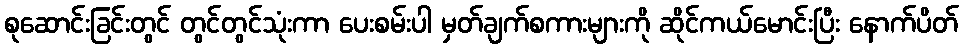
စုဆောင်းခြင်းတွင် တွင်တွင်သုံးကာ ပေးစမ်းပါ မှတ်ချက်စကားများကို ဆိုင်ကယ်မောင်းပြီး နောက်ပိတ်